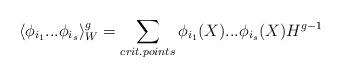
LaTeX: \begin{align*}\langle \phi_{i_1} ... \phi_{i_s} \rangle_{W}^{g} =\sum_{crit. points} \phi_{i_1}(X)...\phi_{i_s}(X) H^{g-1}\end{align*}